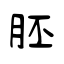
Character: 胚